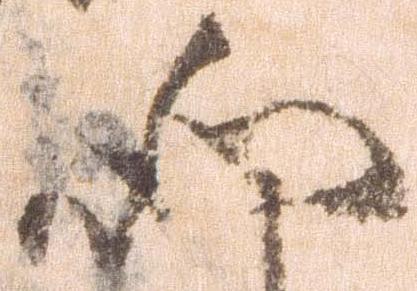
如